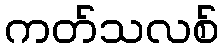
ကတ်သလစ်